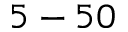
5 - 5 0